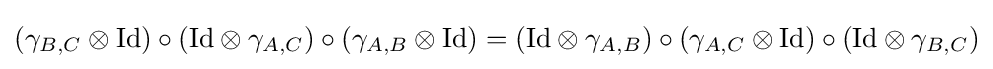
(\gamma _{B,C}\otimes {\text{Id}})\circ ({\text{Id}}\otimes \gamma _{A,C})\circ (\gamma _{A,B}\otimes {\text{Id}})=({\text{Id}}\otimes \gamma _{A,B})\circ (\gamma _{A,C}\otimes {\text{Id}})\circ ({\text{Id}}\otimes \gamma _{B,C})